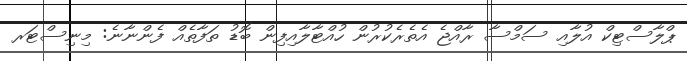
ޕްލާސްޓިކް އުލާއި ސަމްސާ ރާއްޖެ އެތެރެކުރުން ހުއްޓާލާއިފިން ބޮޑު ތަފާތެއް ފެންނާނެ: މިނިސްޓަރ